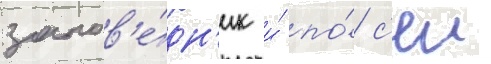
запов'е́дн'ик и́ по́ с'еи